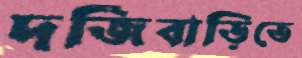
দর্জিবাড়িতে